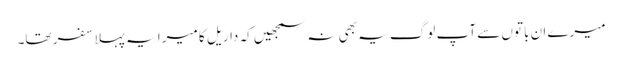
میرے ان باتوں سے آپ لوگ یہ بھی نہ سمجھیں کہ داریل کا میرا یہ پہلا سفر تھا۔